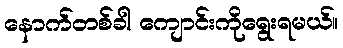
နောက်တစ်ခါ ကျောင်းကိုရွေးရမယ်။